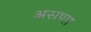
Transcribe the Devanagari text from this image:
असणा